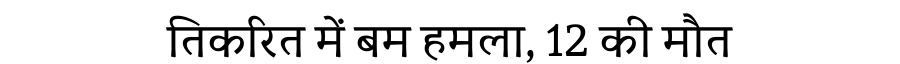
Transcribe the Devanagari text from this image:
तिकरित में बम हमला, 12 की मौत